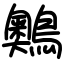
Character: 䴈